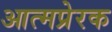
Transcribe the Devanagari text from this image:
आत्मप्रेरक